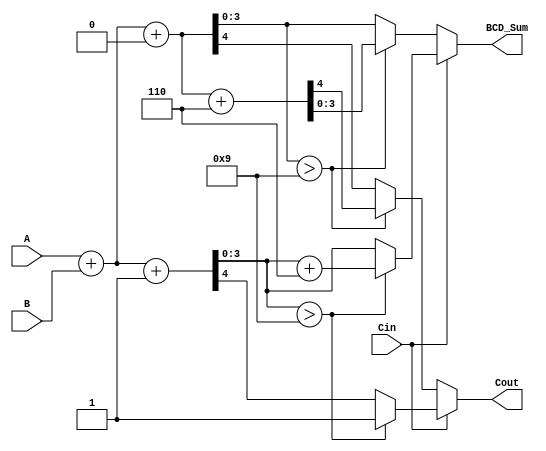
module BCD_Carry_Select_Adder (
    input  [3:0] A,       // BCD digit A
    input  [3:0] B,       // BCD digit B
    input        Cin,      // Input carry
    output reg [3:0] BCD_Sum, // BCD Sum output
    output reg Cout       // Carry output
);

    wire [4:0] sum0;      // Sum assuming Cin = 0
    wire [4:0] sum1;      // Sum assuming Cin = 1
    wire [4:0] corrected_sum; // Corrected sum after BCD adjustment

    // Step 2: Initial binary addition for both cases
    assign sum0 = A + B + 1'b0; // When Cin = 0
    assign sum1 = A + B + 1'b1; // When Cin = 1

    // Step 3: Classify the result for BCD correction
    wire correction_needed0 = (sum0[3:0] > 4'd9); // Check if sum0 exceeds BCD limit
    wire correction_needed1 = (sum1[3:0] > 4'd9); // Check if sum1 exceeds BCD limit

    // Step 4: Apply BCD correction
    assign corrected_sum = (correction_needed0) ? (sum0 + 5'd6) : sum0;

    // Step 5: Select the correct sum based on Cin
    always @(*) begin
        if (Cin) begin
            // Use sum1 and apply correction if needed
            if (correction_needed1) begin
                BCD_Sum = sum1[3:0] + 4'd6; // Apply correction
                Cout = 1; // Carry out set to 1 due to correction
            end else begin
                BCD_Sum = sum1[3:0];
                Cout = sum1[4]; // Carry out from sum1
            end
        end else begin
            // Use sum0 and apply correction if needed
            if (correction_needed0) begin
                BCD_Sum = corrected_sum[3:0]; // Use corrected sum
                Cout = corrected_sum[4]; // Carry out from corrected sum
            end else begin
                BCD_Sum = sum0[3:0];
                Cout = sum0[4]; // Carry out from sum0
            end
        end
    end

endmodule